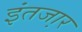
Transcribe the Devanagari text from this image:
इंतजा़र